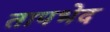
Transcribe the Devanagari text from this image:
तापभेद